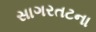
સાગરતટના